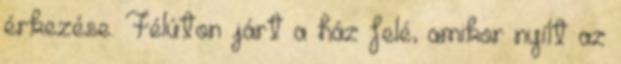
érkezése. Félúton járt a ház felé, amikor nyílt az